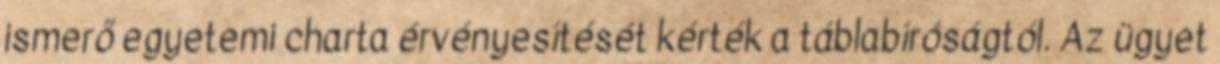
ismerő egyetemi charta érvényesítését kérték a táblabíróságtól. Az ügyet